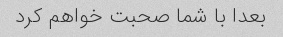
بعدا با شما صحبت خواهم کرد